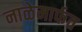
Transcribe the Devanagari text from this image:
नाळेमार्फत